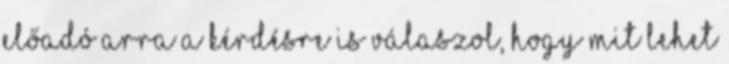
előadó arra a kérdésre is válaszol, hogy mit lehet